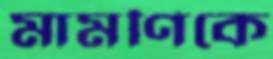
মামণিকে